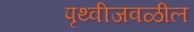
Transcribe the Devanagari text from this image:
पृथ्वीजवळील